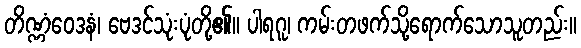
တိဏ္ဏံဝေဒနံ၊ ဗေဒင်သုံးပုံတို့၏။ ပါရဂူ၊ ကမ်းတဖက်သို့ရောက်သောသူတည်း။